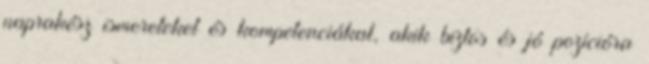
naprakész ismereteket és kompetenciákat, akik biztos és jó pozícióra